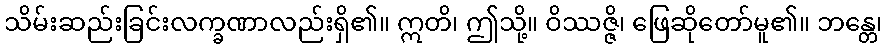
သိမ်းဆည်းခြင်းလက္ခဏာလည်းရှိ၏။ ဣတိ၊ ဤသို့။ ဝိဿဇ္ဇိ၊ ဖြေဆိုတော်မူ၏။ ဘန္တေ၊